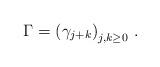
LaTeX: \begin{align*}\Gamma = \left(\gamma_{j+k}\right)_{j,k\ge0} \,.\end{align*}